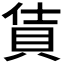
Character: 𫎔